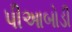
પીઆબોડી